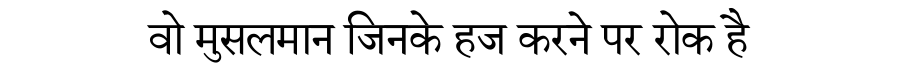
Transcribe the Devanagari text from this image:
वो मुसलमान जिनके हज करने पर रोक है